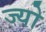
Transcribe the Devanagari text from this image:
ज्‍यो